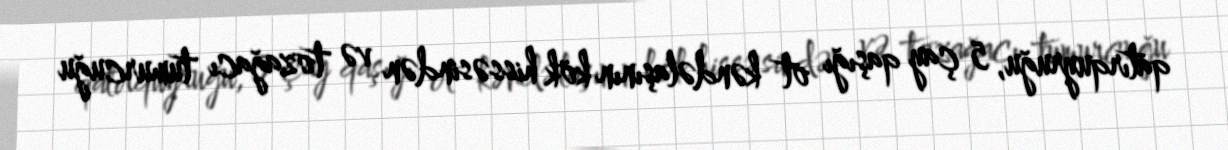
qatırquyruğu, 5 çay qaşığı ot kəndəlaşının kök hissəsindən və tozağacı tumurcuğu